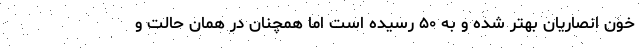
خون انصاریان بهتر شده و به ۵۰ رسیده است اما همچنان در همان حالت و